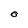
Character: O